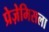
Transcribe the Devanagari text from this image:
प्रेज़ेमिसला